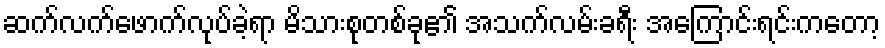
ဆက်လက်ဖောက်လုပ်ခဲ့ရာ မိသားစုတစ်ခု၏ အသက်လမ်းခရီး အကြောင်းရင်းကတော့